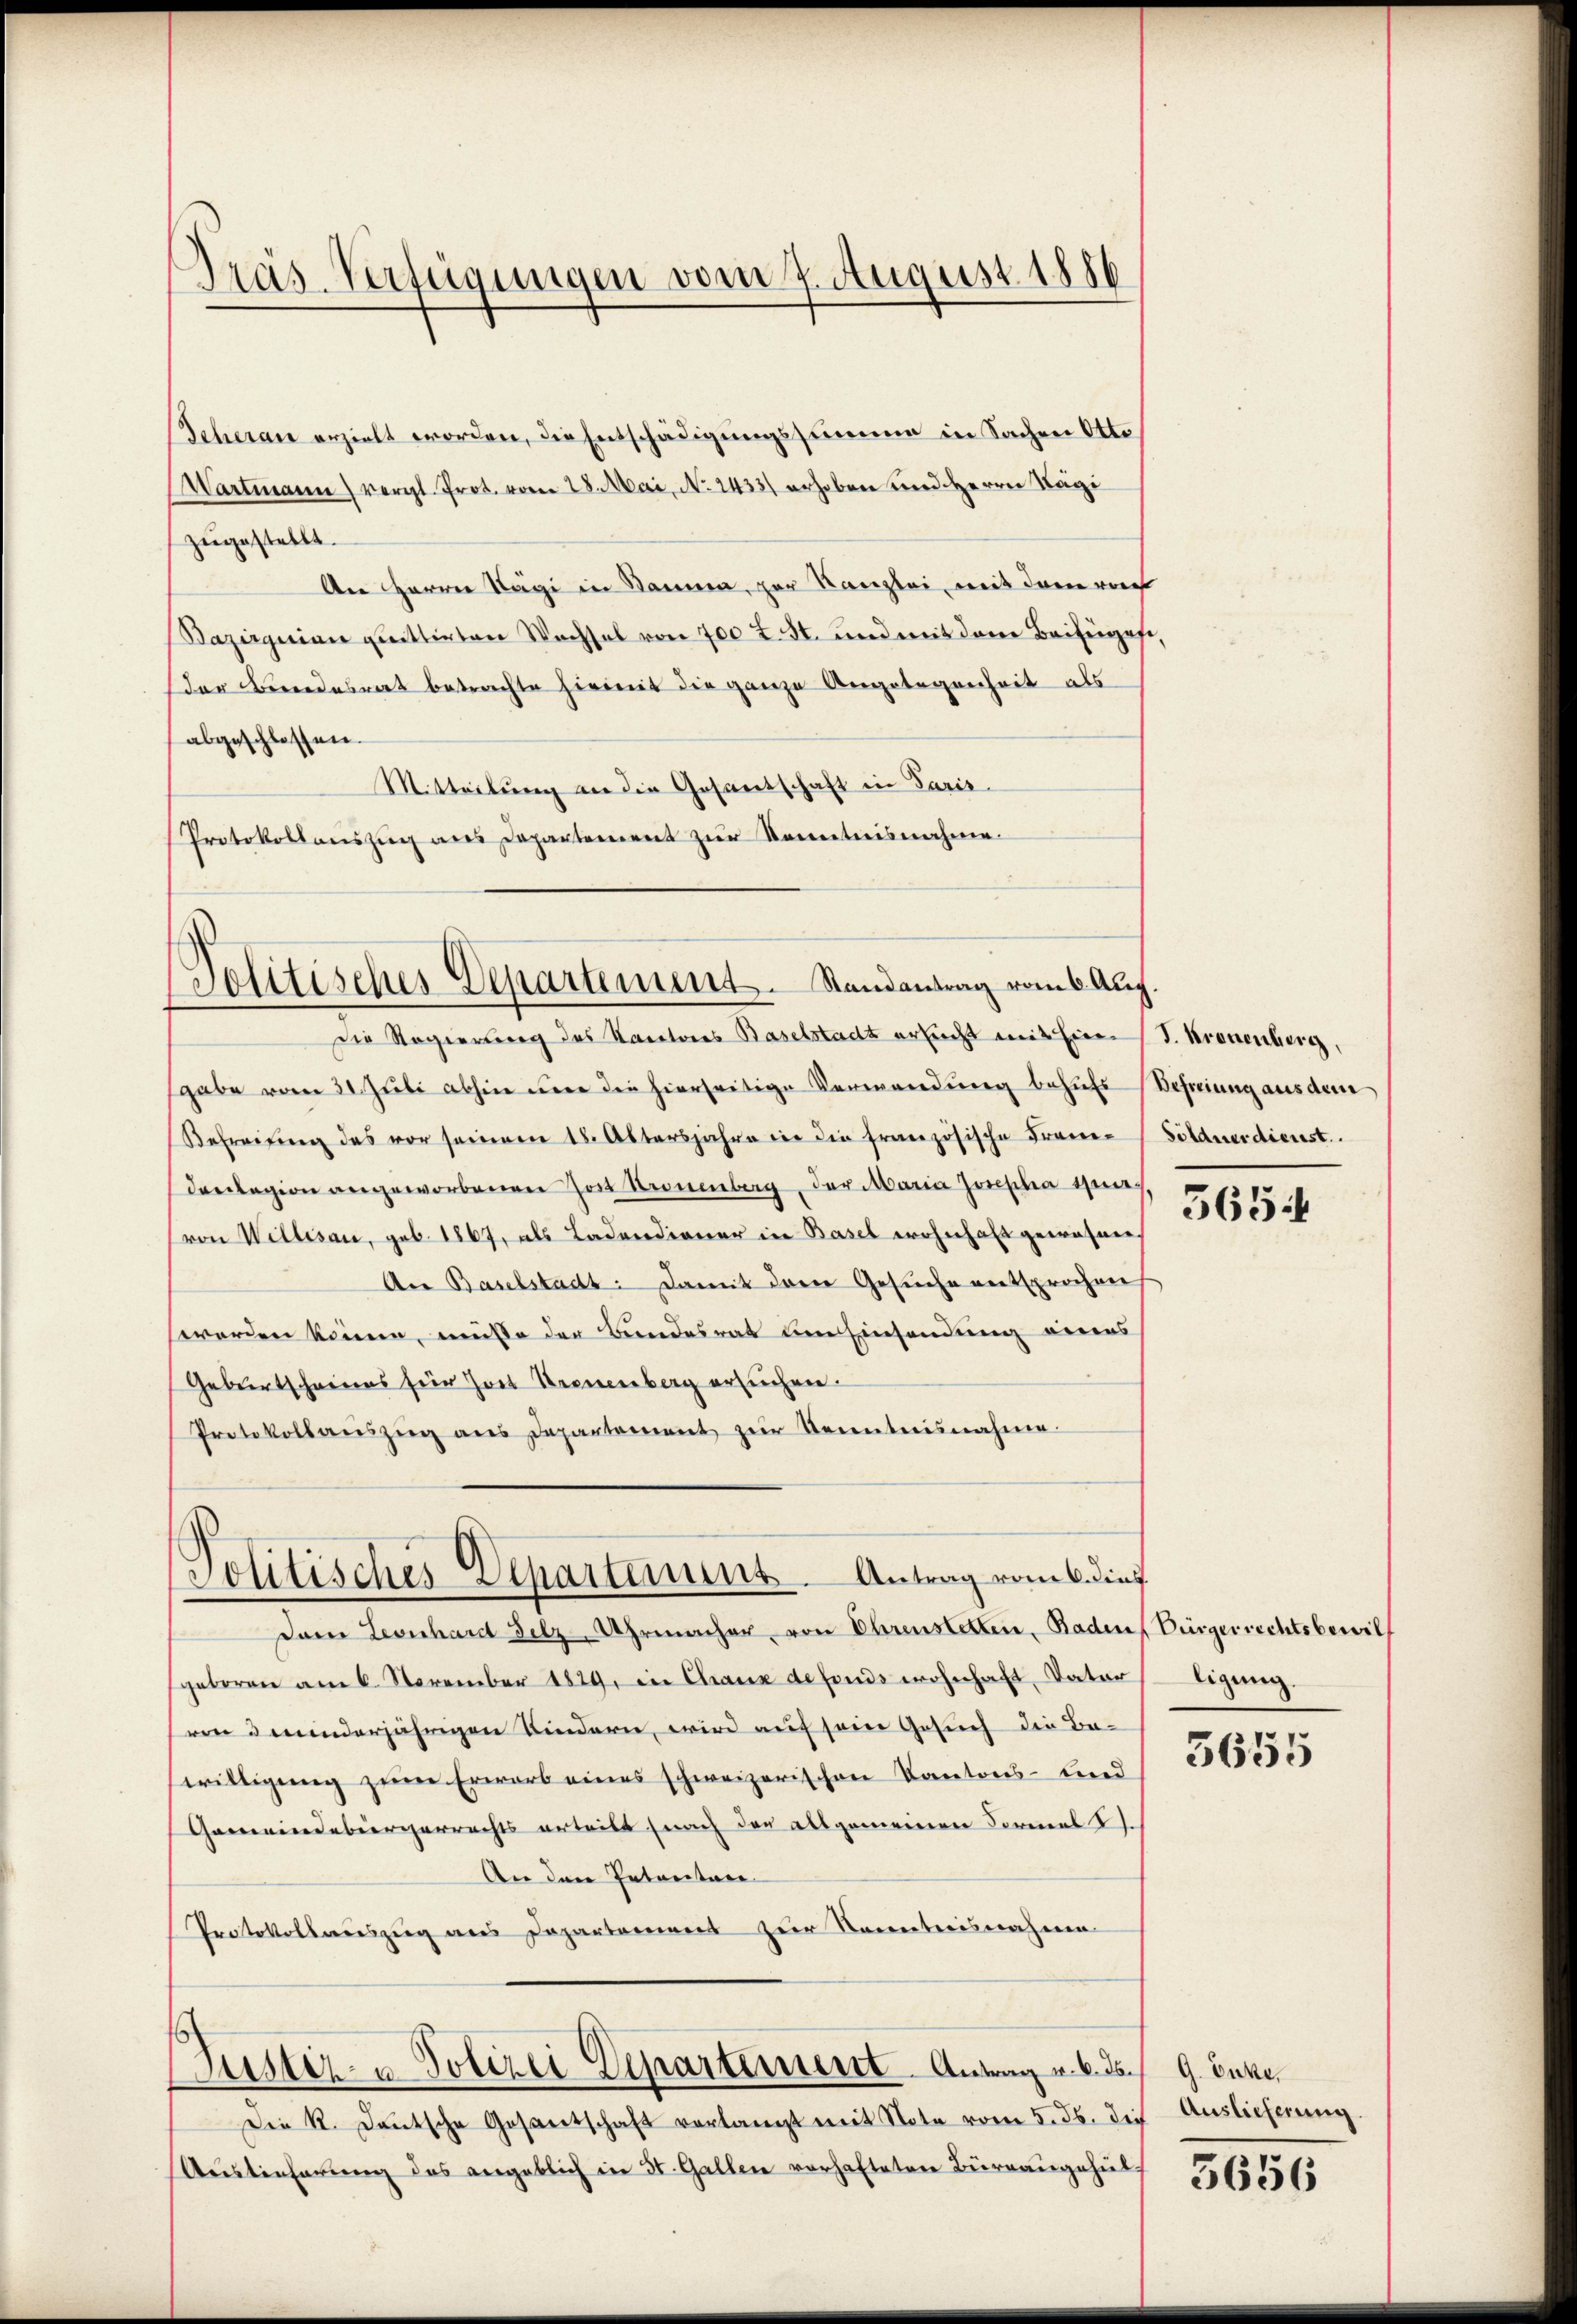
Präs. Verfügungen vom 7. August 1886

zugestellt.
An Herren Nägi in Bauma, zur Kanzlei mit dem vor
Bazignien quittirten Wechsel von 700 f. St. und mit dem Beifüges
der Bundesrat betrachte hiemit die ganze Angelegenheit als
abgeschlossen.
Mitteilung an die Gesandschaft in Paris.
Protokollanszŭg ans Departement zŭr Kenntnisnahme

Politisches Departement. Randantrag vom 6. Aug.

Scheran erzielt worden, die Entschädigungssumme in Sachen Otte
Wartmann vergl. Prot. vom 28. Mai, No. 2433. erhoben und Herrn Kägi

die Regierung des Sanatores Baselstadt ersicht mit ein J. Kronenberg,
sgabe vom 21. Jŭli abhin mir die hierseitige Verwendung behufs Befreiung aus dem
Befreiung des vor seinem 18. Altersjahre in die französische Fraue-Söldnerdienst.
denlagion angeworbenen Jost Stronenberg, der Maria Josepha ver-
(von Willisau, geb. 1867, als Ladendianer in Basel wohnhaft gewesen
An Baselstadt: Damit dem Gesuche entsprochen
werden könne, müsse der Bundesrat den Einsendung eines
Geburtscheines für Hort Kronenberg ersuchen.
Protokoll aŭszŭg ans Departement zŭr Kenntnisnahme.

Politisches Departimuns. Antrag vom 6. dies

Justiz- u Polizei Departement. Antrag u. b. doch 9. Juke

dam Leonhard Silz-Uhrmacher von Ehrenstetten, Baden Bürgerrechtsbewil
geboren am 6. November 1829, in Chaux defonds wohnhaft, Vater ligung.
ren u minderjährigen Kindern, wird auf seine Gesuch die Bewilligung zum Erwarb eines schweizerischen Kantons-Lind
Gemeindebürgerrechts urteilt (nach den allgemeinen Formal S.
An den Intentan
Protokollauszug aus Departement zur Kenntnisnahme

Die K. Deutsche Gesantschaft verlangt mit Note vom 5. ds. die Auslieferung.
Auslieferung des angeblich in St. Gallen vorhafteten Büreausgehiel¬

5654

3655

3656